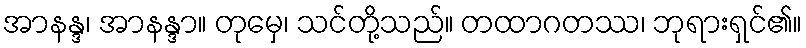
အာနန္ဒ၊ အာနန္ဒာ။ တုမှေ၊ သင်တို့သည်။ တထာဂတဿ၊ ဘုရားရှင်၏။